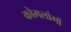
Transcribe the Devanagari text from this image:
कोमलांगों